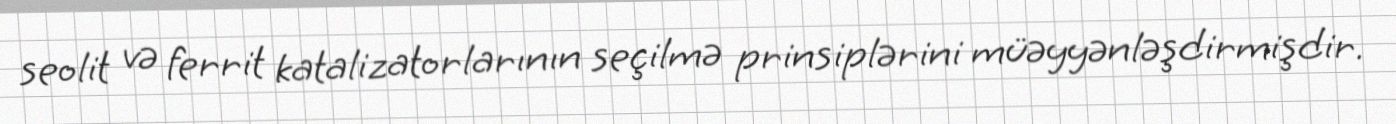
seolit və ferrit katalizatorlarının seçilmə prinsiplərini müəyyənləşdirmişdir.